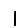
Digit: 1